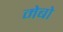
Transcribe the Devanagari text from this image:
मेबो